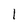
Character: I